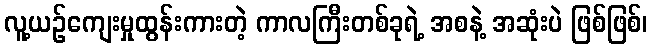
လူ့ယဉ်ကျေးမှုထွန်းကားတဲ့ ကာလကြီးတစ်ခုရဲ့ အစနဲ့ အဆုံးပဲ ဖြစ်ဖြစ်၊